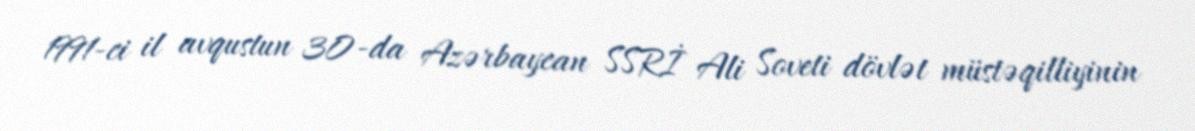
1991-ci il avqustun 30-da Azərbaycan SSRİ Ali Soveti dövlət müstəqilliyinin